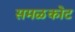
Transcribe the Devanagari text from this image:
समळकोट